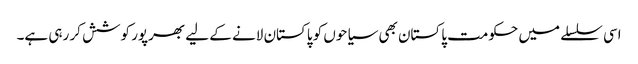
اسی سلسلے میں حکومت پاکستان بھی سیاحوں کو پاکستان لانے کے لیے بھرپور کوشش کر رہی ہے۔